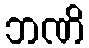
ဘဏိ